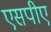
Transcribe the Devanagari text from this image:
एसपीए